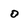
Character: o